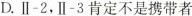
D.Ⅱ-2，Ⅱ-3肯定不是携带者